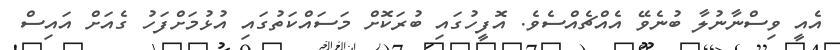
އެއީ ވިސްނާނުލާ ބުނެވޭ އެއްޗެއްސެވެ. އޮފީހުގައި ބުރަކޮށް މަސައްކަތުގައި އުޅުމަށްފަހު ގެއަށް އައިސް